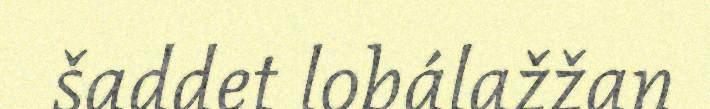
šaddet lobálažžan